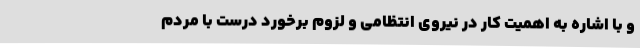
و با اشاره به اهمیت کار در نیروی انتظامی و لزوم برخورد درست با مردم